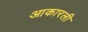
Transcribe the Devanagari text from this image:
आकारली